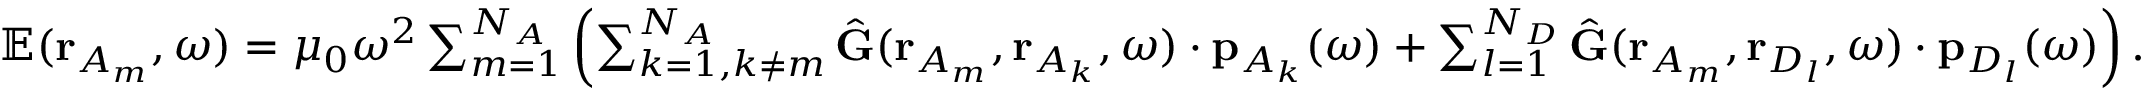
\begin{array} { r } { \mathbb { E } ( \mathbf { r } _ { A _ { m } } , \omega ) = \mu _ { 0 } \omega ^ { 2 } \sum _ { m = 1 } ^ { N _ { A } } \left( \sum _ { k = 1 , k \neq m } ^ { N _ { A } } \hat { \mathbf { G } } ( \mathbf { r } _ { A _ { m } } , \mathbf { r } _ { A _ { k } } , \omega ) \cdot \mathbf { p } _ { { A _ { k } } } ( \omega ) + \sum _ { l = 1 } ^ { N _ { D } } \hat { \mathbf { G } } ( \mathbf { r } _ { A _ { m } } , \mathbf { r } _ { D _ { l } } , \omega ) \cdot \mathbf { p } _ { D _ { l } } ( \omega ) \right) . } \end{array}